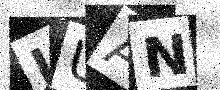
Text: JUAN